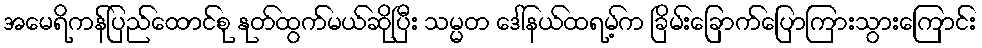
အမေရိကန်ပြည်ထောင်စု နုတ်ထွက်မယ်ဆိုပြီး သမ္မတ ဒေါ်နယ်ထရမ့်က ခြိမ်းခြောက်ပြောကြားသွားကြောင်း